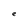
Character: e